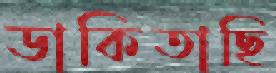
ডাকিতাছি